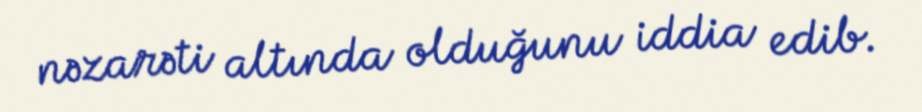
nəzarəti altında olduğunu iddia edib.